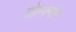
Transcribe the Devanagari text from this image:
वोल्फ़्गांग